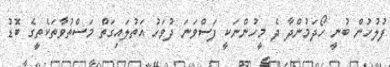
ފުލުހުން ބުނީ ހޯދަމުންދާ ދެ މީހުންނަކީ ފަސްވަނަ ދުވަހު އަތުލައިގަތް މަސްތުވާތަކެތީގެ ބޮޑު